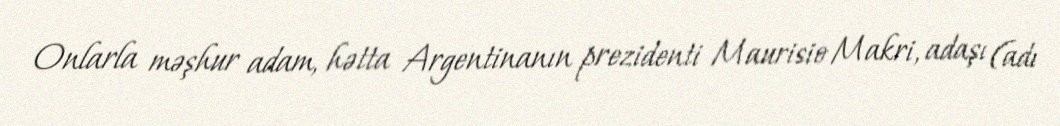
Onlarla məşhur adam, hətta Argentinanın prezidenti Maurisio Makri, adaşı (adı